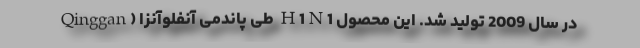
Qinggan) طی پاندمی آنفلوآنزا H1N1 در سال 2009 تولید شد. این محصول